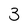
Character: 3